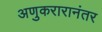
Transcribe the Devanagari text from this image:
अणुकरारानंतर